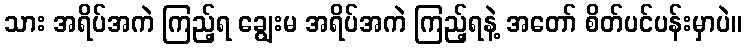
သား အရိပ်အကဲ ကြည့်ရ ချွေးမ အရိပ်အကဲ ကြည့်ရနဲ့ အတော် စိတ်ပင်ပန်းမှာပဲ။